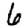
Digit: 6